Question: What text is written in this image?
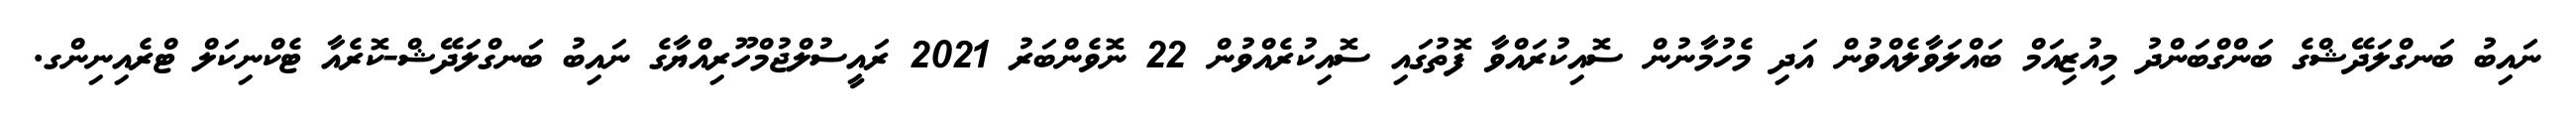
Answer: ނައިބު ބަނގްލަދޭޝްގެ ބަންގްބަންދު މިއުޒިއަމް ބައްލަވާލެއްވުން އަދި މެހުމާނުން ސޮއިކުރައްވާ ފޮތުގައި ސޮއިކުރެއްވުން 22 ނޮވެންބަރު 2021 ރައީސުލްޖުމްހޫރިއްޔާގެ ނައިބު ބަނގްލަދޭޝް-ކޮރެއާ ޓެކްނިކަލް ޓްރެއިނިންގ.